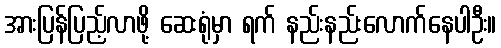
အားပြန်ပြည့်လာဖို့ ဆေးရုံမှာ ရက် နည်းနည်းလောက်နေပါဦး။